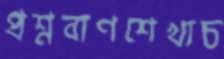
প্রশ্নবাণশেখাচ